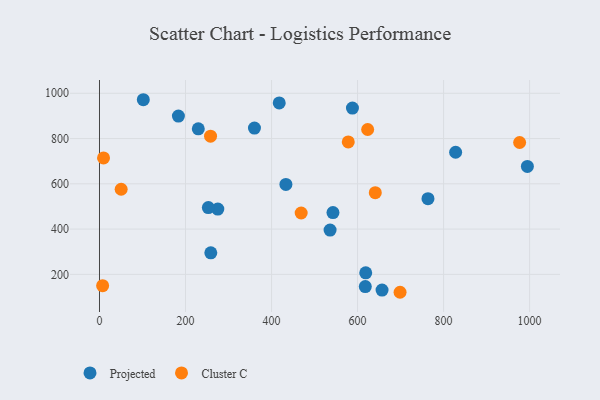
{"axis": {"x": "Engine Size", "y": "Fuel Efficiency"}, "legend": ["Cluster C", "Projected"], "data": [{"x": "618.0", "y": 146.0, "type": "Projected"}, {"x": "619.0", "y": 206.6, "type": "Projected"}, {"x": "433.4", "y": 597.3, "type": "Projected"}, {"x": "360.3", "y": 846.4, "type": "Projected"}, {"x": "275.1", "y": 488.6, "type": "Projected"}, {"x": "417.9", "y": 957.3, "type": "Projected"}, {"x": "828.0", "y": 739.4, "type": "Projected"}, {"x": "588.1", "y": 934.5, "type": "Projected"}, {"x": "994.8", "y": 676.9, "type": "Projected"}, {"x": "763.7", "y": 534.2, "type": "Projected"}, {"x": "656.9", "y": 130.3, "type": "Projected"}, {"x": "183.5", "y": 899.4, "type": "Projected"}, {"x": "258.8", "y": 295.3, "type": "Projected"}, {"x": "253.1", "y": 494.8, "type": "Projected"}, {"x": "101.9", "y": 971.5, "type": "Projected"}, {"x": "536.1", "y": 395.4, "type": "Projected"}, {"x": "542.8", "y": 472.7, "type": "Projected"}, {"x": "229.7", "y": 843.0, "type": "Projected"}, {"x": "578.4", "y": 784.9, "type": "Cluster C"}, {"x": "7.3", "y": 150.1, "type": "Cluster C"}, {"x": "976.8", "y": 782.6, "type": "Cluster C"}, {"x": "623.5", "y": 840.0, "type": "Cluster C"}, {"x": "698.8", "y": 120.8, "type": "Cluster C"}, {"x": "50.4", "y": 576.0, "type": "Cluster C"}, {"x": "258.2", "y": 810.6, "type": "Cluster C"}, {"x": "468.9", "y": 471.0, "type": "Cluster C"}, {"x": "9.4", "y": 714.2, "type": "Cluster C"}, {"x": "641.2", "y": 560.7, "type": "Cluster C"}]}